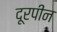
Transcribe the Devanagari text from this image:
दूरपीन